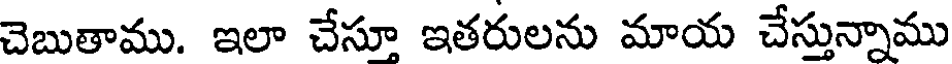
చెబుతాము. ఇలా చేసూ ఇతరులను మాయ చేస్తున్నాము